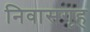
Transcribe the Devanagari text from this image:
निवासगृह